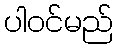
ပါဝင်မည်